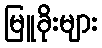
မြူခိုးများ